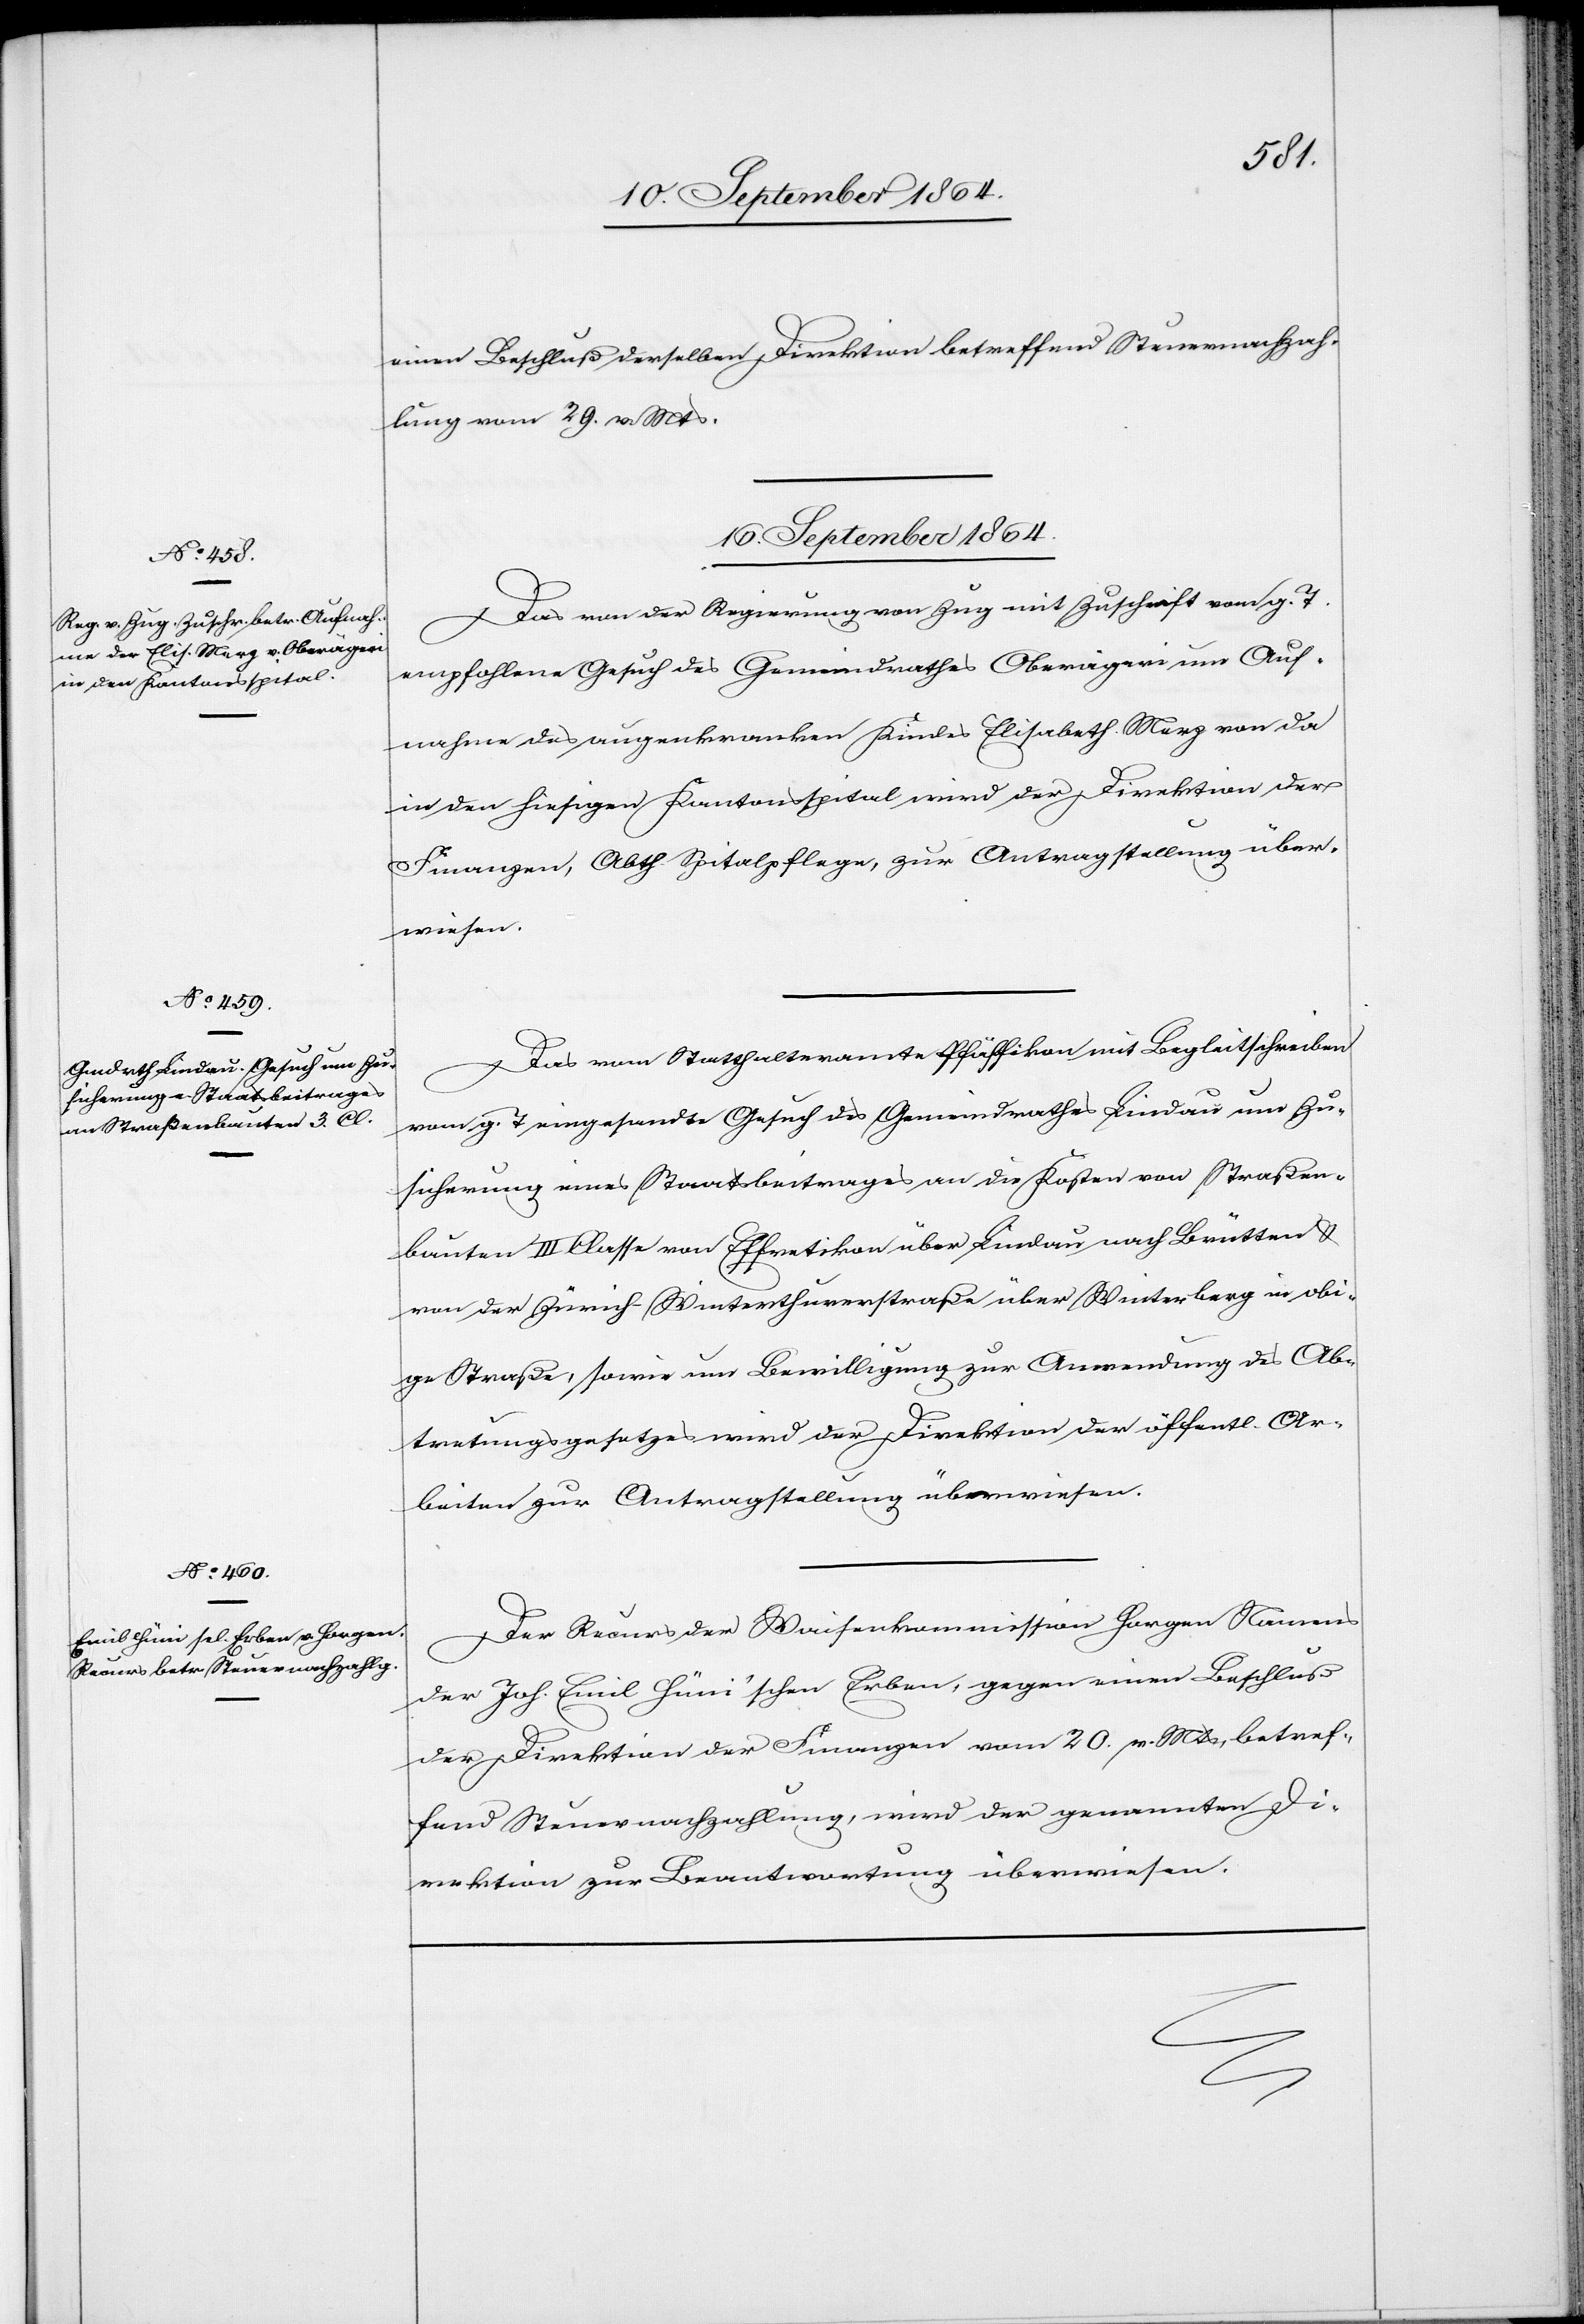
betha]
einen Beschluß derselben Direktion betreffend Steuernachzah¬
lung vom 29. v. Mts.
16. September 1864.]
Das von der Regierung von Zug mit Zuschrift vom g. T.
empfohlene Gesuch des Gemeindrathes Oberägeri um Auf¬
nahme des augenkranken Kindes Elisabeth [recte: Elisa¬
in den hiesigen Kantonsspital wird der Direktion der
Finanzen, Abth. Spitalpflege, zur Antragstellung über¬
wiesen.
Das vom Statthalteramte Pfäffikon mit Begleitschreiben
vom g. T. eingesandte Gesuch des Gemeindrathes Lindau um Zu¬
sicherung eines Staatsbeitrages an die Kosten von Straßen¬
bauten III. Classe von Effretikon über Lindau nach Brütten &
von der Zürich-Winterthurstraße über Winterberg in obi¬
ge Straße, sowie um Bewilligung zur Anwendung des Ab¬
tretungsgesetzes wird der Direktion der öffentl. Ar¬
beiten zur Antragstellung überwiesen.
Der Recurs der Waisenkommission Horgen Namens
der Joh. Emil Hüni’schen Erben, gegen einen Beschluß
der Direktion der Finanzen vom 20. v. Mts, betref¬
fend Steuernachzahlung, wird der genannten Di¬
rektion zur Beantwortung überwiesen.